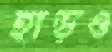
হাড়ও